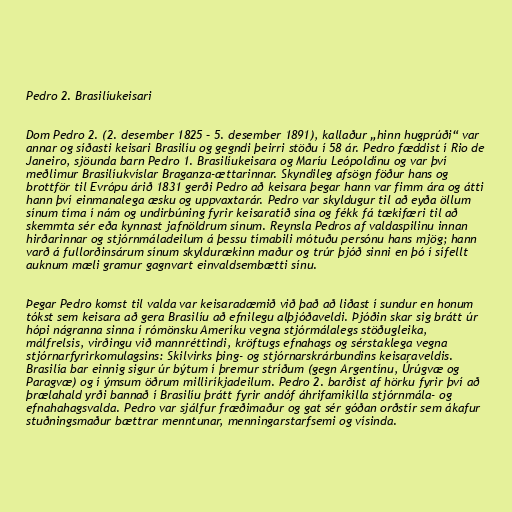
Pedro 2. Brasilíukeisari

Dom Pedro 2. (2. desember 1825 – 5. desember 1891), kallaður „hinn hugprúði“ var
annar og síðasti keisari Brasilíu og gegndi þeirri stöðu í 58 ár. Pedro fæddist í Rio de
Janeiro, sjöunda barn Pedro 1. Brasilíukeisara og Maríu Leópoldínu og var því
meðlimur Brasilíukvíslar Braganza-ættarinnar. Skyndileg afsögn föður hans og
brottför til Evrópu árið 1831 gerði Pedro að keisara þegar hann var fimm ára og átti
hann því einmanalega æsku og uppvaxtarár. Pedro var skyldugur til að eyða öllum
sínum tíma í nám og undirbúning fyrir keisaratíð sína og fékk fá tækifæri til að
skemmta sér eða kynnast jafnöldrum sínum. Reynsla Pedros af valdaspilinu innan
hirðarinnar og stjórnmáladeilum á þessu tímabili mótuðu persónu hans mjög; hann
varð á fullorðinsárum sínum skyldurækinn maður og trúr þjóð sinni en þó í sífellt
auknum mæli gramur gagnvart einvaldsembætti sínu.

Þegar Pedro komst til valda var keisaradæmið við það að liðast í sundur en honum
tókst sem keisara að gera Brasilíu að efnilegu alþjóðaveldi. Þjóðin skar sig brátt úr
hópi nágranna sinna í rómönsku Ameríku vegna stjórmálalegs stöðugleika,
málfrelsis, virðingu við mannréttindi, kröftugs efnahags og sérstaklega vegna
stjórnarfyrirkomulagsins: Skilvirks þing- og stjórnarskrárbundins keisaraveldis.
Brasilía bar einnig sigur úr býtum í þremur stríðum (gegn Argentínu, Úrúgvæ og
Paragvæ) og í ýmsum öðrum milliríkjadeilum. Pedro 2. barðist af hörku fyrir því að
þrælahald yrði bannað í Brasilíu þrátt fyrir andóf áhrifamikilla stjórnmála- og
efnahahagsvalda. Pedro var sjálfur fræðimaður og gat sér góðan orðstír sem ákafur
stuðningsmaður bættrar menntunar, menningarstarfsemi og vísinda.